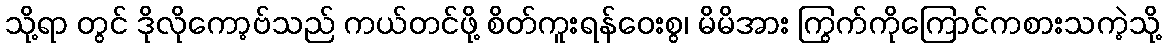
သို့ရာ တွင် ဒိုလိုကော့ဗ်သည် ကယ်တင်ဖို့ စိတ်ကူးရန်ဝေးစွ၊ မိမိအား ကြွက်ကိုကြောင်ကစားသကဲ့သို့